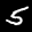
Label: 5